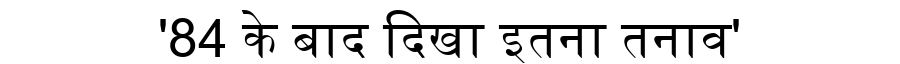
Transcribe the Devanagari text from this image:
'84 के बाद दिखा इतना तनाव'